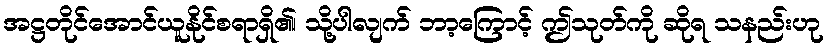
အဋ္ဌတိုင်အောင်ယူနိုင်စရာရှိ၏၊ သို့ပါလျက် ဘာ့ကြောင့် ဤသုတ်ကို ဆိုရ သနည်းဟု